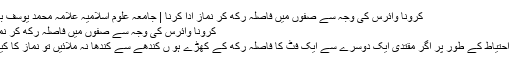
کرونا وائرس کی وجہ سے صفوں میں فاصلہ رکھ کر نماز ادا کرنا | جامعہ علوم اسلامیہ علامہ محمد یوسف بنوری ٹاؤن
کرونا وائرس کی وجہ سے صفوں میں فاصلہ رکھ کر نماز ادا کرنا
کرونا سے احتیاط کے طور پر اگر مقتدی ایک دوسرے سے ایک فٹ کا فاصلہ رکھ کے کھڑے ہو ں کندھے سے کندھا نہ ملائیں تو نماز کا کیا حکم ہے؟